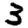
Digit: 3